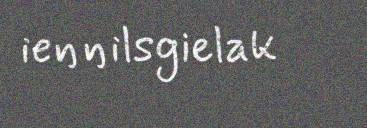
ieŋŋilsgielak